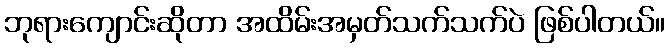
ဘုရားကျောင်းဆိုတာ အထိမ်းအမှတ်သက်သက်ပဲ ဖြစ်ပါတယ်။